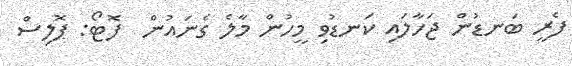
ފެރީ ބަނޑުން ޖަހާލައި ކަނޑުވި މީހުން މާލެ ގެނައުން  ފޮޓޯ: ޕޮލިސް